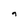
Character: 9